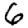
Digit: 6